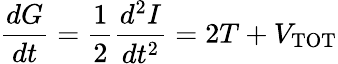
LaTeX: {\frac{dG}{dt}}={\frac{1}{2}}{\frac{d^{2}I}{dt^{2}}}=2T+V_{\mathrm{TOT}}